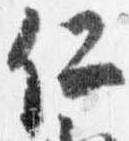
仁